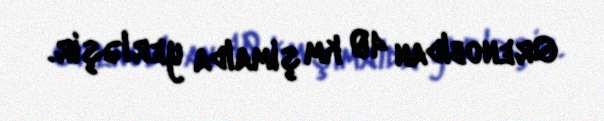
Qrenobldan 40 km şimalda yerləşir.